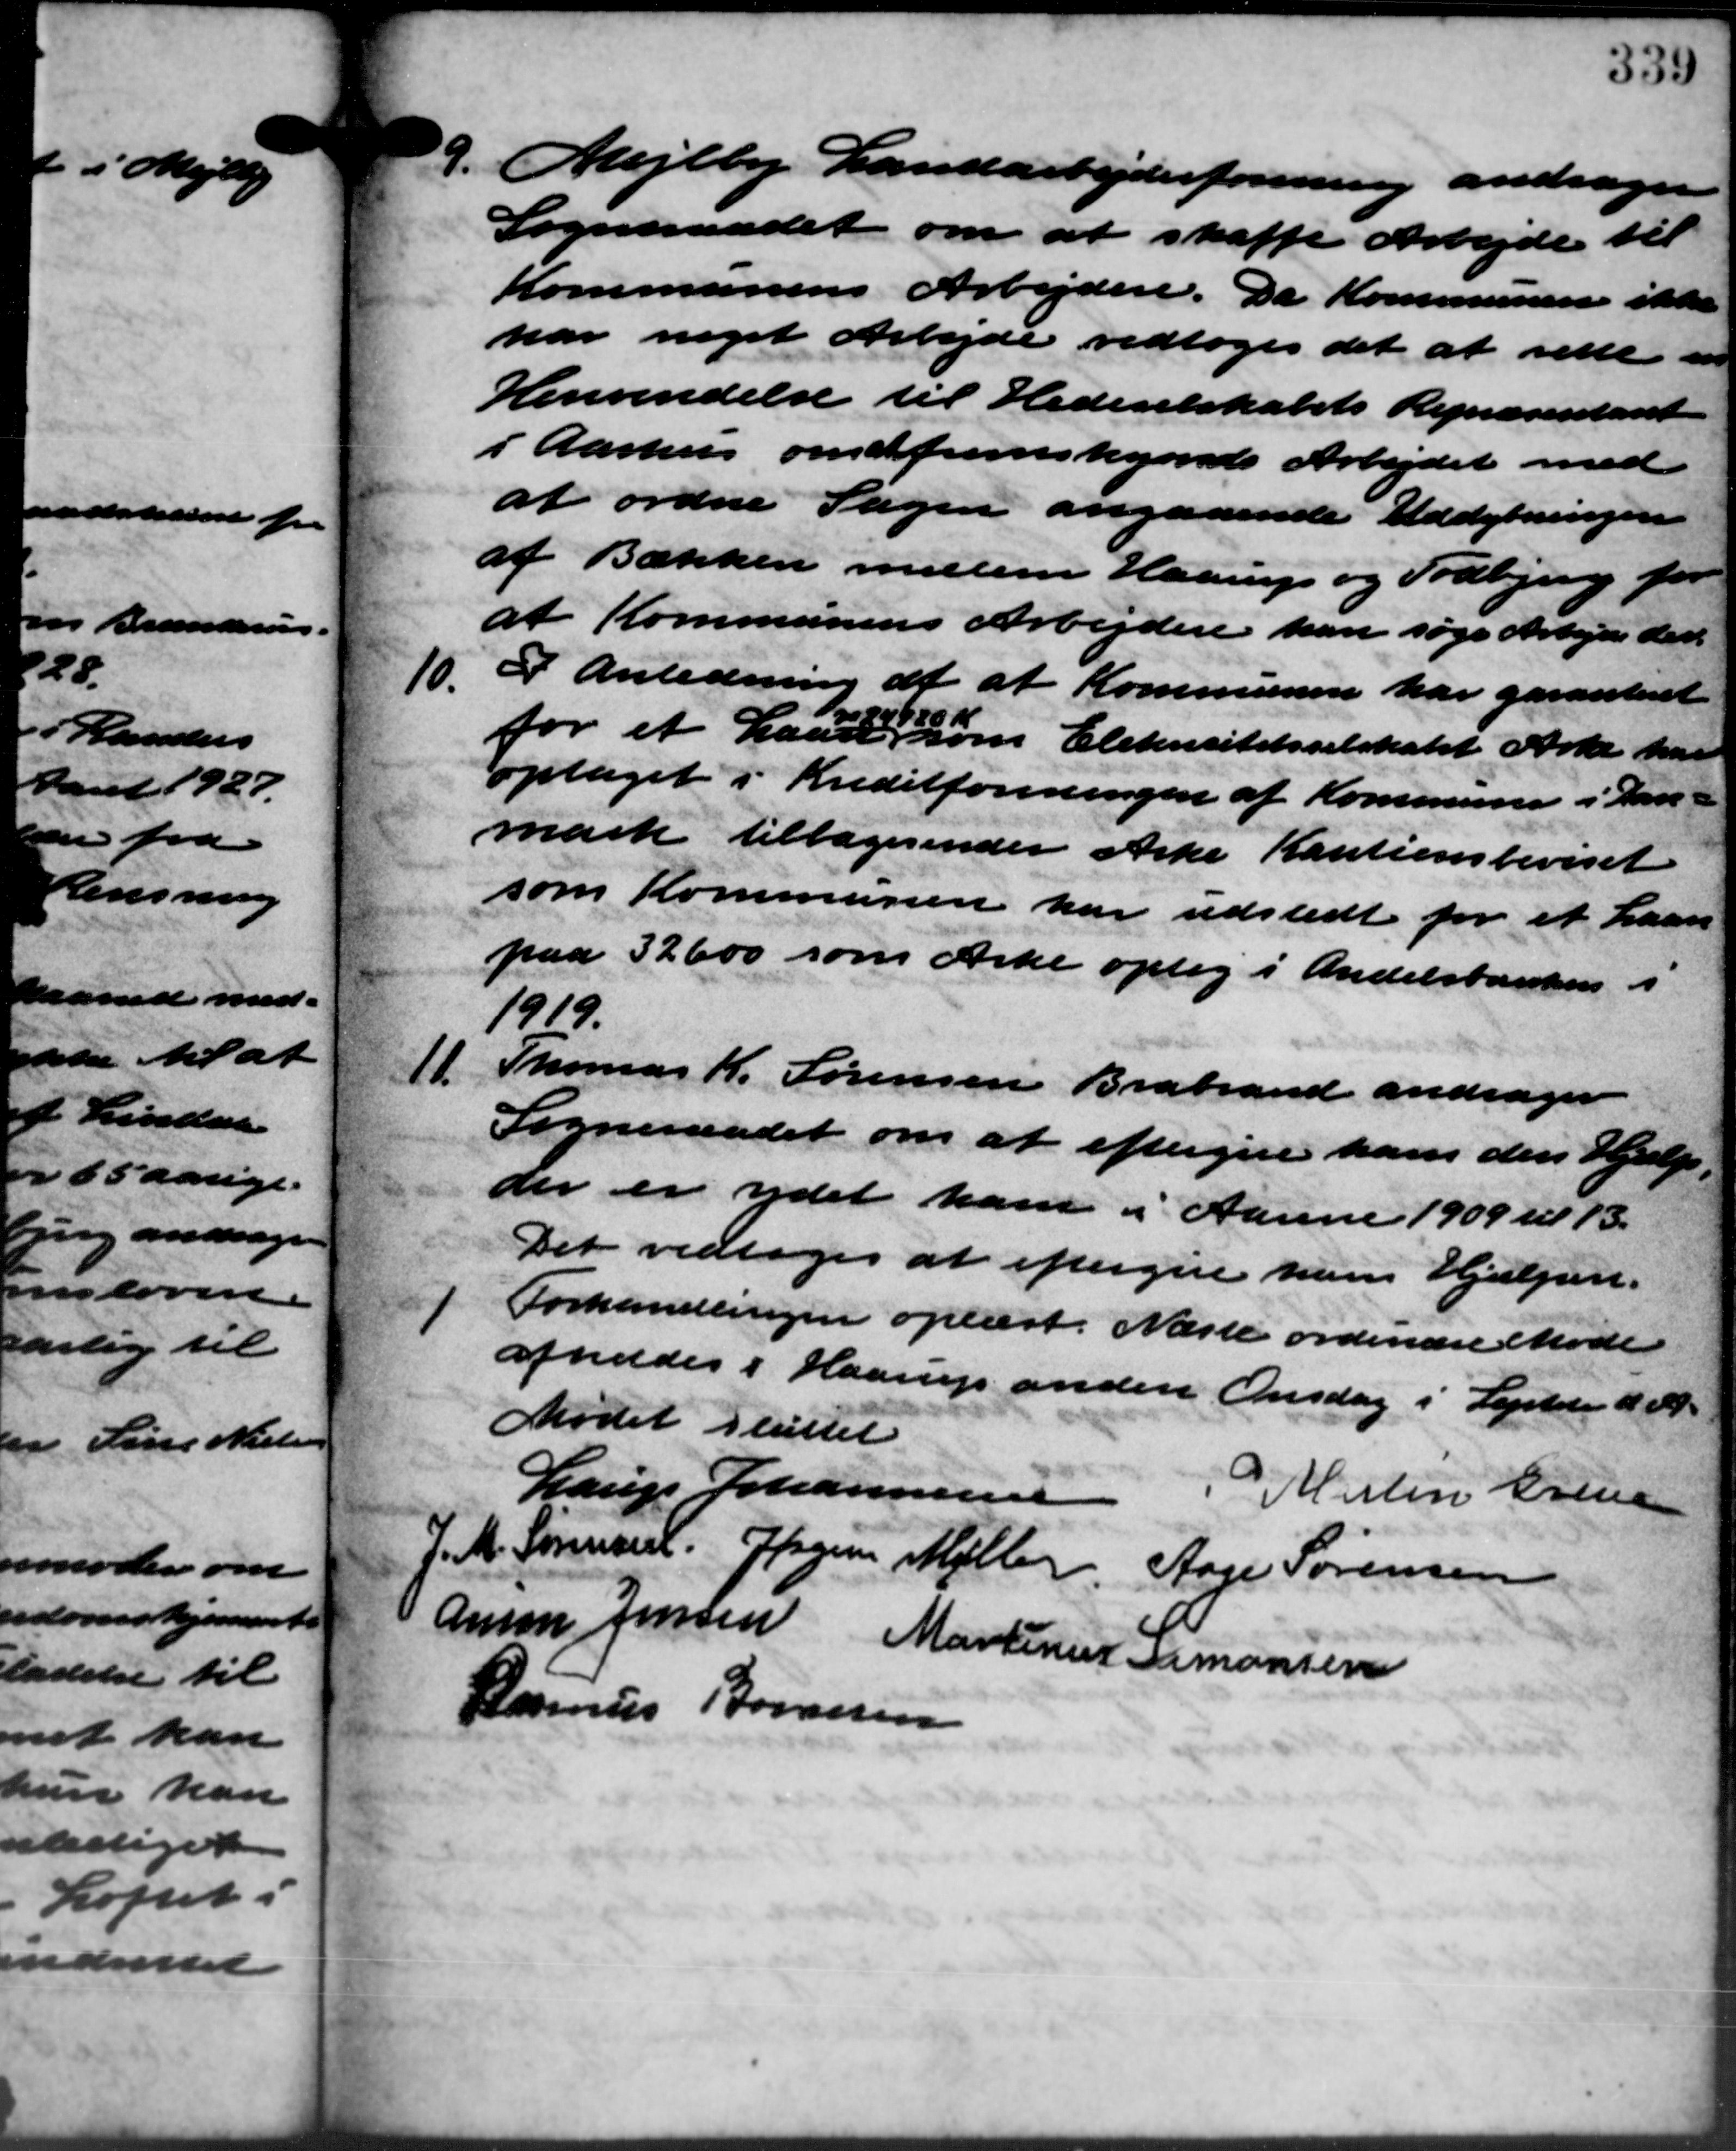
Transskription:
9. Mejlby Landarbejderforening andrager
9. Mejlby Landarbejderforening andrager
Sogneraadet om at skaffe Arbejde til
Kommunens Arbejdere. De Kommunen ikke
har noget Arbejde vedtoges det at rette en
Henvendelse til Hedeselskabets Repræsentant
i Aarhus om at fremskyende Arbejdet med
at ordne Sagen angaaende Uddybningen
af Bækken mellem Haarup og Todbjerg for
10.
at Kommunens Arbejdere kan søge Arbejder den
I Anledning af at Kommunen har garanteret
for et Laan som Elekrisitetsselskabet Arke har
optaget i Kreditforeningen af Kommune i Dan-
mark tilbagesender Arke Kautionsbeviset
som Kommunen har udstedt for et Laan
paa 32600 som Arke optag i Andelsbankens i
1919.
11.
Thomas K. Sørensen Brabrand andrager
Sogneraadet om at eftergive ham den Hjælp.
der er ydet ham i Aarene 1909 til 13.
Det vedtoges at eftergive ham Hjælpen.

Forhandlingen oplæst. Næste ordinære Møde
afholdes i Haarup anden Onsdag i Septbr d. A.
Mødet sluttet
Lauge Johannesen M. Men Erine
J. M. Sørensen Jørgens Møller Aage Sørensen
Anne Jensen Martinus Simonsen
Rasmus Bornsen